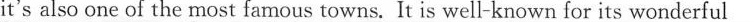
it's also one of the most famous towns. It is well-known for its wonderful